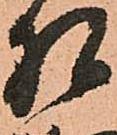
相